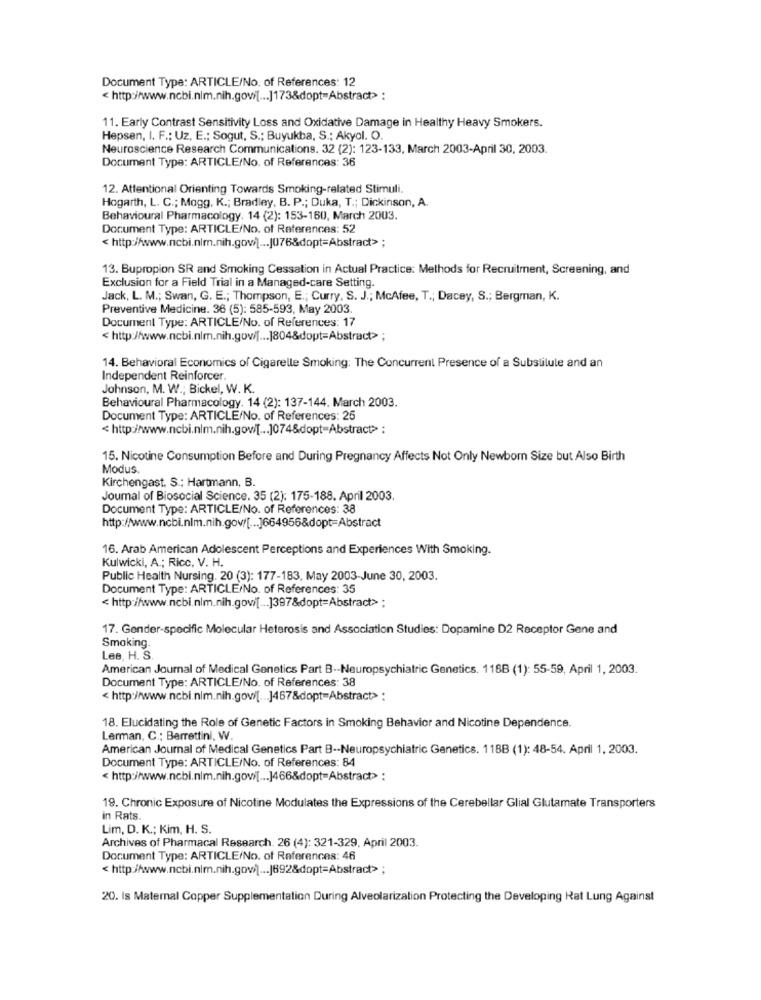
Document Type: ARTICLE/No. of References: 12
< http://www.ncbi.nim.nih.govi[ ... ]173&dopt=Abstract> :
11. Early Contrast Sensitivity Loss and Oxidative Damage in Healthy Heavy Smokers.
Hepsen, I. F .: Uz, E .; Sogut, S .; Buyukba, S .: Akyol. O
Neuroscience Research Communications. 32 (2): 123-133, March 2003-April 30, 2003.
Document Type: ARTICLE/No. of References: 36
12. Attentional Orienting Towards Smoking-related Stimuli.
Hogarth, L. C .; Mogg, K .; Bradley, B. P .; Duka, T .; Dickinson, A.
Behavioural Pharmacology. 14 (2): 153-160, March 2003.
Document Type: ARTICLE/No. of References: 52
< http://www.ncbi.nlm.nih.gov/[ ... |076&dopt=Abstract> ;
13. Bupropion SR and Smoking Cessation in Actual Practice: Methods for Recruitment, Screening, and
Exclusion for a Field Trial in a Managed-care Setting.
Jack, L. M .; Swan, G. E .; Thompson, E .; Curry, S. J .; McAfee, T .; Dacey, S .; Bergman, K.
Preventive Medicine. 36 (5): 585-593, May 2003.
Document Type: ARTICLE/No. of References: 17
<http://www.ncbi.nlm.nih.gov/[ ... ]804&dopt=Abstract> ;
14. Behavioral Economics of Cigarelle Smoking: The Concurrent Presence of a Substitute and an
Independent Reinforcer.
Johnson, M. W .; Bickel, W. K.
Behavioural Pharmacology. 14 (2): 137-144. March 2003.
Document Type: ARTICLE/No. of References: 25
< http://www.ncbi.nlm.nih.gov/[ ... ]074&dopt-Abstract>> :
15. Nicotine Consumption Before and During Pregnancy Affects Not Only Newborn Size but Also Birth
Modus.
Kirchengast. S .; Hartmann, B.
Journal of Biosocial Science. 35 (2): 175-188. April 2003.
Document Type: ARTICLE/No. of References: 38
http://www.ncbi.nlm.nih.gov/[ ... ]664956&dopt=Abstract
16. Arab American Adolescent Perceptions and Experiences With Smoking.
Kulwicki, A .; Rice, V. H.
Public Health Nursing. 20 (3): 177-183, May 2003-June 30, 2003.
Document Type: ARTICLE/No. of References: 35
< http://www.ncbi.nlm.nih.gov/[ ... ]397&dopt=Abstract> ;
17. Gender-specific Molecular Heterosis and Association Studies: Dopamine D2 Receptor Gene and
Smoking.
Les, H. S.
American Journal of Medical Genetics Part B -- Neuropsychiatric Genetics. 118B (1): 55-59, April 1, 2003.
Document Type: ARTICLE/No. of References: 38
< http://www.ncbi.nim.nih.gov/[. .. ]467&dopt=Abstract> :
18. Elucidating the Role of Genetic Factors in Smoking Behavior and Nicotine Dependence.
Lerman, C .: Berrettini, W.
American Journal of Medical Genetics Part B -- Neuropsychiatric Genetics. 118B (1): 48-54. April 1, 2003.
Document Type: ARTICLE/No. of References: 84
< http://www.ncbi.nlm.nih.gowi[ ... ]466&dopt=Abstract> :
19. Chronic Exposure of Nicotine Modulates the Expressions of the Cerebellar Glial Glutamate Transporters
in Rats
Lim, D. K .; Kim, H. S.
Archives of Pharmacal Research. 26 (4): 321-329. April 2003.
Document Type: ARTICLE/No. of References: 46
<http://www.ncbi.nlm.nih.gov/) ... |692&dopt=Abstract> ;
20. Is Maternal Copper Supplementation During Alveolarization Protecting the Developing Rat Lung Against